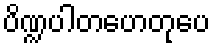
ပိဏ္ဍပါတဟေတုပေ